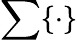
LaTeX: \sum\{ \cdot\}